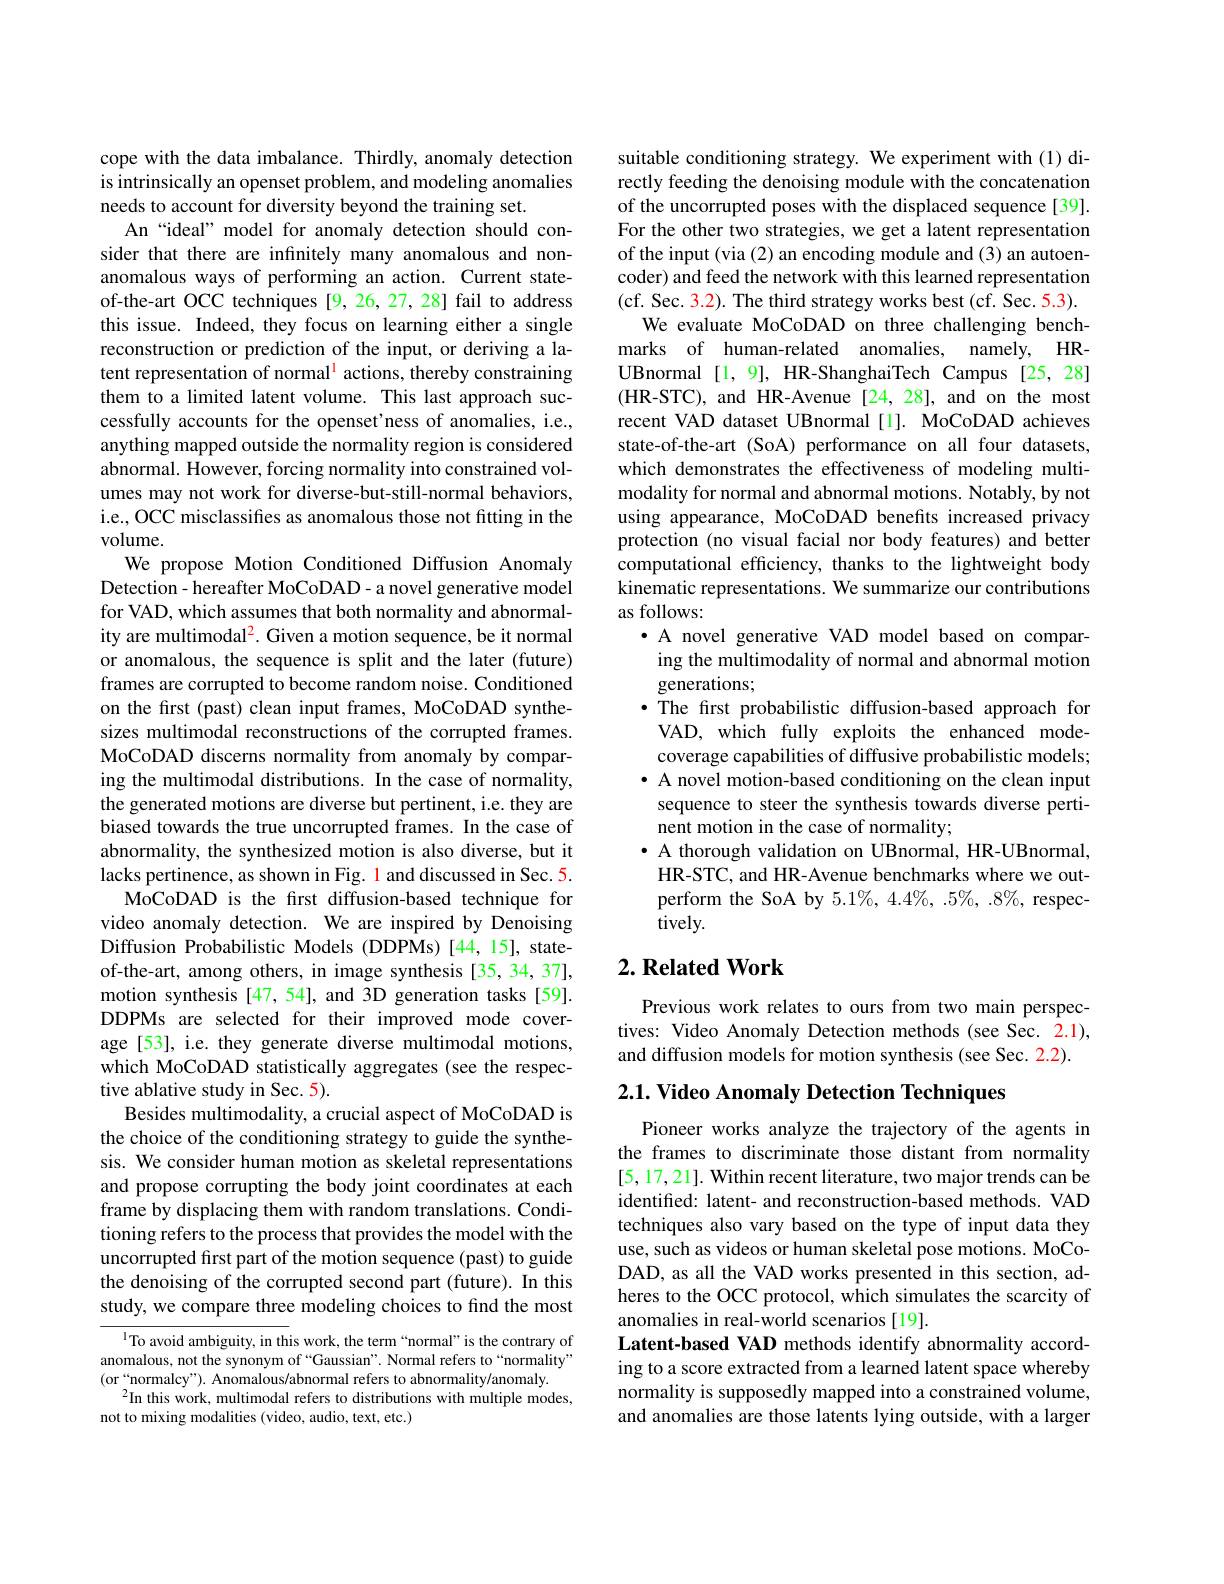
cope with the data imbalance. Thirdly, anomaly detection is intrinsically an openset problem, and modeling anomalies needs to account for diversity beyond the training set.
An“ideal” model for anomaly detection should consider that there are infinitely many anomalous and nonanomalous ways of performing an action. Current stateof-the-art OCC techniques [9, 26, 27, 28] fail to address this issue. Indeed, they focus on learning either a single reconstruction or prediction of the input, or deriving a latent representation of normal$^{\mathrm{l}}$ actions, thereby constraining them to a limited latent volume. This last approach successfully accounts for the openset'ness of anomalies, i.e., anything mapped outside the normality region is considered abnormal. However, forcing normality into constrained volumes may not work for diverse-but-still-normal behaviors, i.e., OCC misclassifies as anomalous those not fitting in the volume.
We propose Motion Conditioned Diffusion Anomaly Detection- hereafter MoCoDAD- a novel generative model for VAD, which assumes that both normality and abnormality are multimodal$^2.$ Given a motion sequence, be it normal or anomalous, the sequence is split and the later (future) frames are corrupted to become random noise. Conditioned on the first (past) clean input frames, MoCoDAD synthesizes multimodal reconstructions of the corrupted frames. MoCoDAD discerns normality from anomaly by comparing the multimodal distributions. In the case of normality, the generated motions are diverse but pertinent, i.e. they are biased towards the true uncorrupted frames. In the case of abnormality, the synthesized motion is also diverse, but it lacks pertinence, as shown in Fig. 1 and discussed in Sec. 5.
MoCoDAD is the frst diffusion-based technique for video anomaly detection. We are inspired by Denoising Diffusion Probabilistic Models (DDPMs)[44,15], stateof-the-art, among others, in image synthesis [35,34,37], motion synthesis [47,54], and 3D generation tasks [59]. DDPMs are selected for their improved mode coverage[53], i.e. they generate diverse multimodal motions, which MoCoDAD statistically aggregates (see the respective ablative study in Sec. 5).
Besides multimodality, a crucial aspect of MoCoDAD is the choice of the conditioning strategy to guide the synthesis. We consider human motion as skeletal representations and propose corrupting the body joint coordinates at each frame by displacing them with random translations. Conditioning refers to the process that provides the model with the uncorrupted first part of the motion sequence (past) to guide the denoising of the corrupted second part (future). In this study, we compare three modeling choices to find the most
$^{\mathrm{l}}$To avoid ambiguity, in this work, the term“normal” is the contrary of anomalous, not the synonym of “Gaussian”. Normal refers to“normality”

(or“normalcy”). Anomalous/abnormal refers to abnormality/anomaly.
$^{2}$In this work, multimodal refers to distributions with multiple modes,
not to mixing modalities (video, audio, text, etc.)

suitable conditioning strategy. We experiment with (1) directly feeding the denoising module with the concatenation of the uncorrupted poses with the displaced sequence[39]. For the other two strategies, we get a latent representation of the input (via (2) an encoding module and (3) an autoencoder) and feed the network with this learned representation (cf. Sec. 3.2). The third strategy works best (cf. Sec. 5.3).
We evaluate MoCoDAD on three challenging benchmarks of human-related anomalies, namely, HRUBnormal [1,9], HR-ShanghaiTech Campus [25,28] (HR-STC), and HR-Avenue[24,28], and on the most recent VAD dataset UBnormal[1]. MoCoDAD achieves state-of-the-art (SoA) performance on all four datasets, which demonstrates the effectiveness of modeling multimodality for normal and abnormal motions. Notably, by not using appearance, MoCoDAD benefits increased privacy protection (no visual facial nor body features) and better computational efficiency, thanks to the lightweight body kinematic representations. We summarize our contributions as follows:
·A novel generative VAD model based on comparing the multimodality of normal and abnormal motion generations;
·The first probabilistic diffusion-based approach for
VAD, which fully exploits the enhanced modecoverage capabilities of diffusive probabilistic models; $\bullet$ A novel motion-based conditioning on the clean input
sequence to steer the synthesis towards diverse perti-
nent motion in the case of normality;
$\bullet$ A thorough validation on UBnormal, HR-UBnormal, HR-STC, and HR-Avenue benchmarks where we outperform the SoA by $5.1\%,4.4\%,5\%,8\%$, respectively.

## $2. \textbf{Related Work}$

Previous work relates to ours from two main perspectives: Video Anomaly Detection methods (see Sec. 2.1), and diffusion models for motion synthesis (see Sec. 2.2).

$2. 1. \textbf{ Video Anomaly Detection Techniques}$

Pioneer works analyze the trajectory of the agents in the frames to discriminate those distant from normality [5,17,21]. Within recent literature, two major trends can be identified: latent- and reconstruction-based methods. VAD techniques also vary based on the type of input data they use, such as videos or human skeletal pose motions. MoCoDAD, as all the VAD works presented in this section, adheres to the OCC protocol, which simulates the scarcity of anomalies in real-world scenarios [19].
Latent-based VAD methods identify abnormality according to a score extracted from a learned latent space whereby normality is supposedly mapped into a constrained volume, and anomalies are those latents lying outside, with a larger